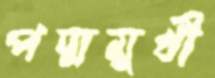
পদ্মমুখী